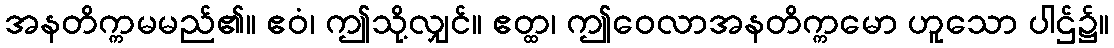
အနတိက္ကမမည်၏။ ဧဝံ၊ ဤသို့လျှင်။ ဧတ္ထ၊ ဤဝေလာအနတိက္ကမော ဟူသော ပါဌ်၌။